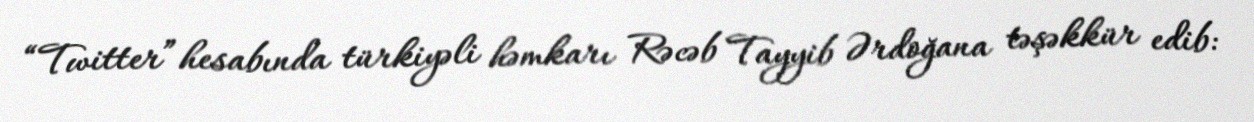
“Twitter” hesabında türkiyəli həmkarı Rəcəb Tayyib Ərdoğana təşəkkür edib: